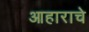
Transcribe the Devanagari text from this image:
आहाराचे